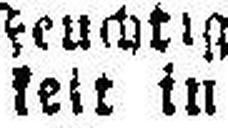
keit in